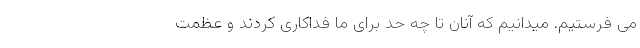
می فرستیم. میدانیم که آنان تا چه حد برای ما فداکاری کردند و عظمت‌